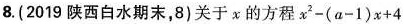
8.(2019陕西白水期末，8)关于x的方程x^{2}-(a-1)x+4